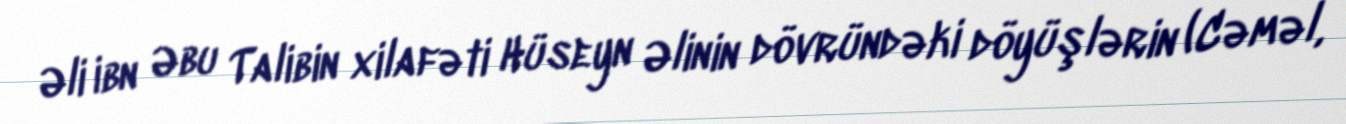
Əli ibn Əbu Talibin xilafəti Hüseyn Əlinin dövründəki döyüşlərin (Cəməl,